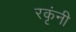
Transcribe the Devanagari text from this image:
रकृंनी